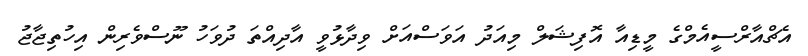
އެޗްއާރްސީއެމްގެ މީޑިއާ އޮފިޝަލް މިއަދު އަވަސްއަށް ވިދާޅުވީ އާދިއްތަ ދުވަހު ނޫސްވެރިން އިހުތިޖާޖު